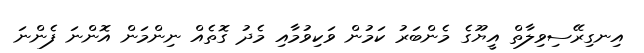
އިނގިރޭސިވިލާތް އީޔޫގެ މެންބަރު ކަމުން ވަކިވުމާއި މެދު ގޮތެއް ނިންމަން އޮންނަ ފެންނަ